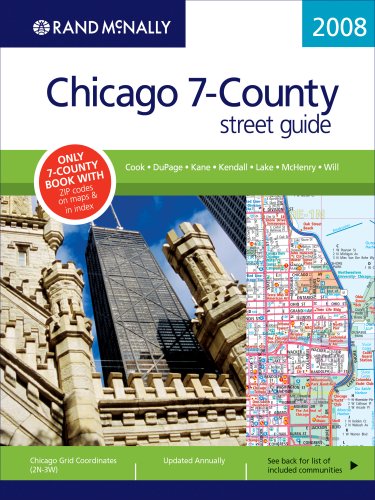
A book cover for Rand McNally Chicago 7-County Street Guide: Cook, DuPage, Kane, Kendall, Lake, McHenry, Will (Rand McNally Chicago 7 Counties Street Guide: Cook, Dupage, Kane,); Rand Mcnally; Travel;